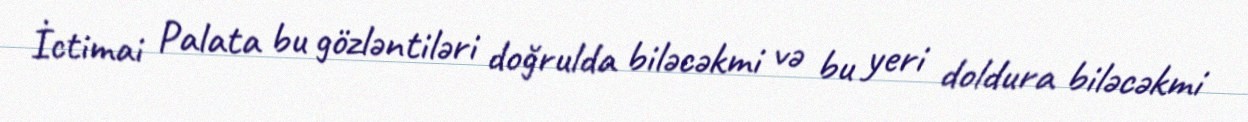
İctimai Palata bu gözləntiləri doğrulda biləcəkmi və bu yeri doldura biləcəkmi